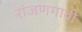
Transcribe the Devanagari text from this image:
रांजणगावी